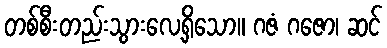
တစ်စီးတည်းသွားလေ့ရှိသော။ ဂဇံ ဂဇော၊ ဆင်